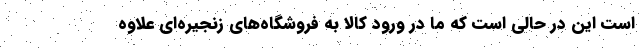
است اين در حالي است كه ما در ورود کالا به فروشگاه‌هاي زنجيره‌اي علاوه